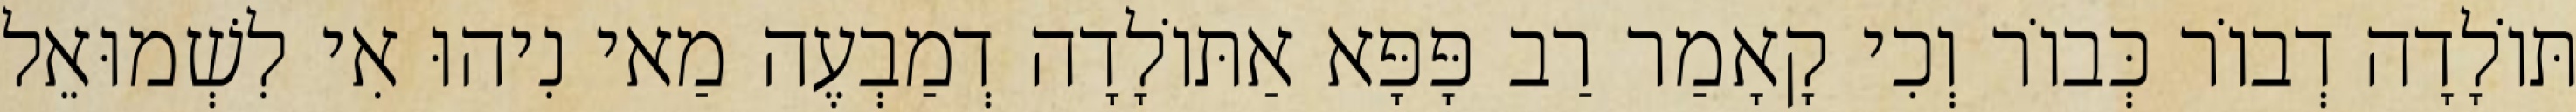
תּוֹלָדָה דְבוֹר כְּבוֹר וְכִי קָאָמַר רַב פָּפָּא אַתּוֹלָדָה דְמַבְעֶה מַאי נִיהוּ אִי לִשְׁמוּאֵל